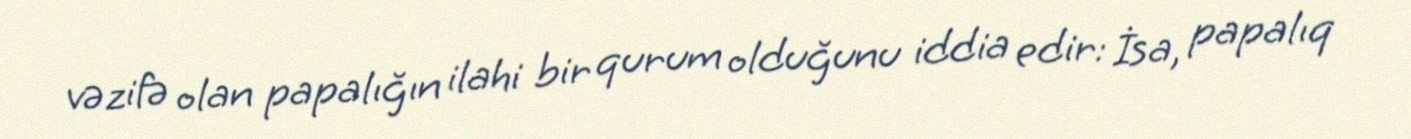
vəzifə olan papalığın ilahi bir qurum olduğunu iddia edir: İsa, papalıq